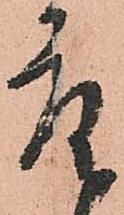
座